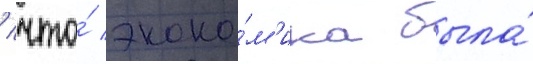
/ что́ эконо́м'ика была́